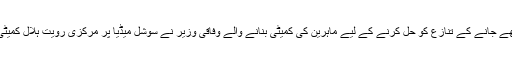
رمضان کے آغاز پر آئندہ پانچ سال کے لیے قمری کلینڈر بنا کر چاند کے دیکھے جانے کے تنازع کو حل کرنے کے لیے ماہرین کی کمیٹی بنانے والے وفاقی وزیر نے سوشل میڈیا پر مرکزی رویت ہلال کمیٹی کے چیئرمین مفتی منیب الرحمان کی ایک ویڈیو کا براہ راست جواب بھی دیا۔